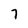
Character: 7